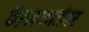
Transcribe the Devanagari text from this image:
कॅब्रलच्यानंतर